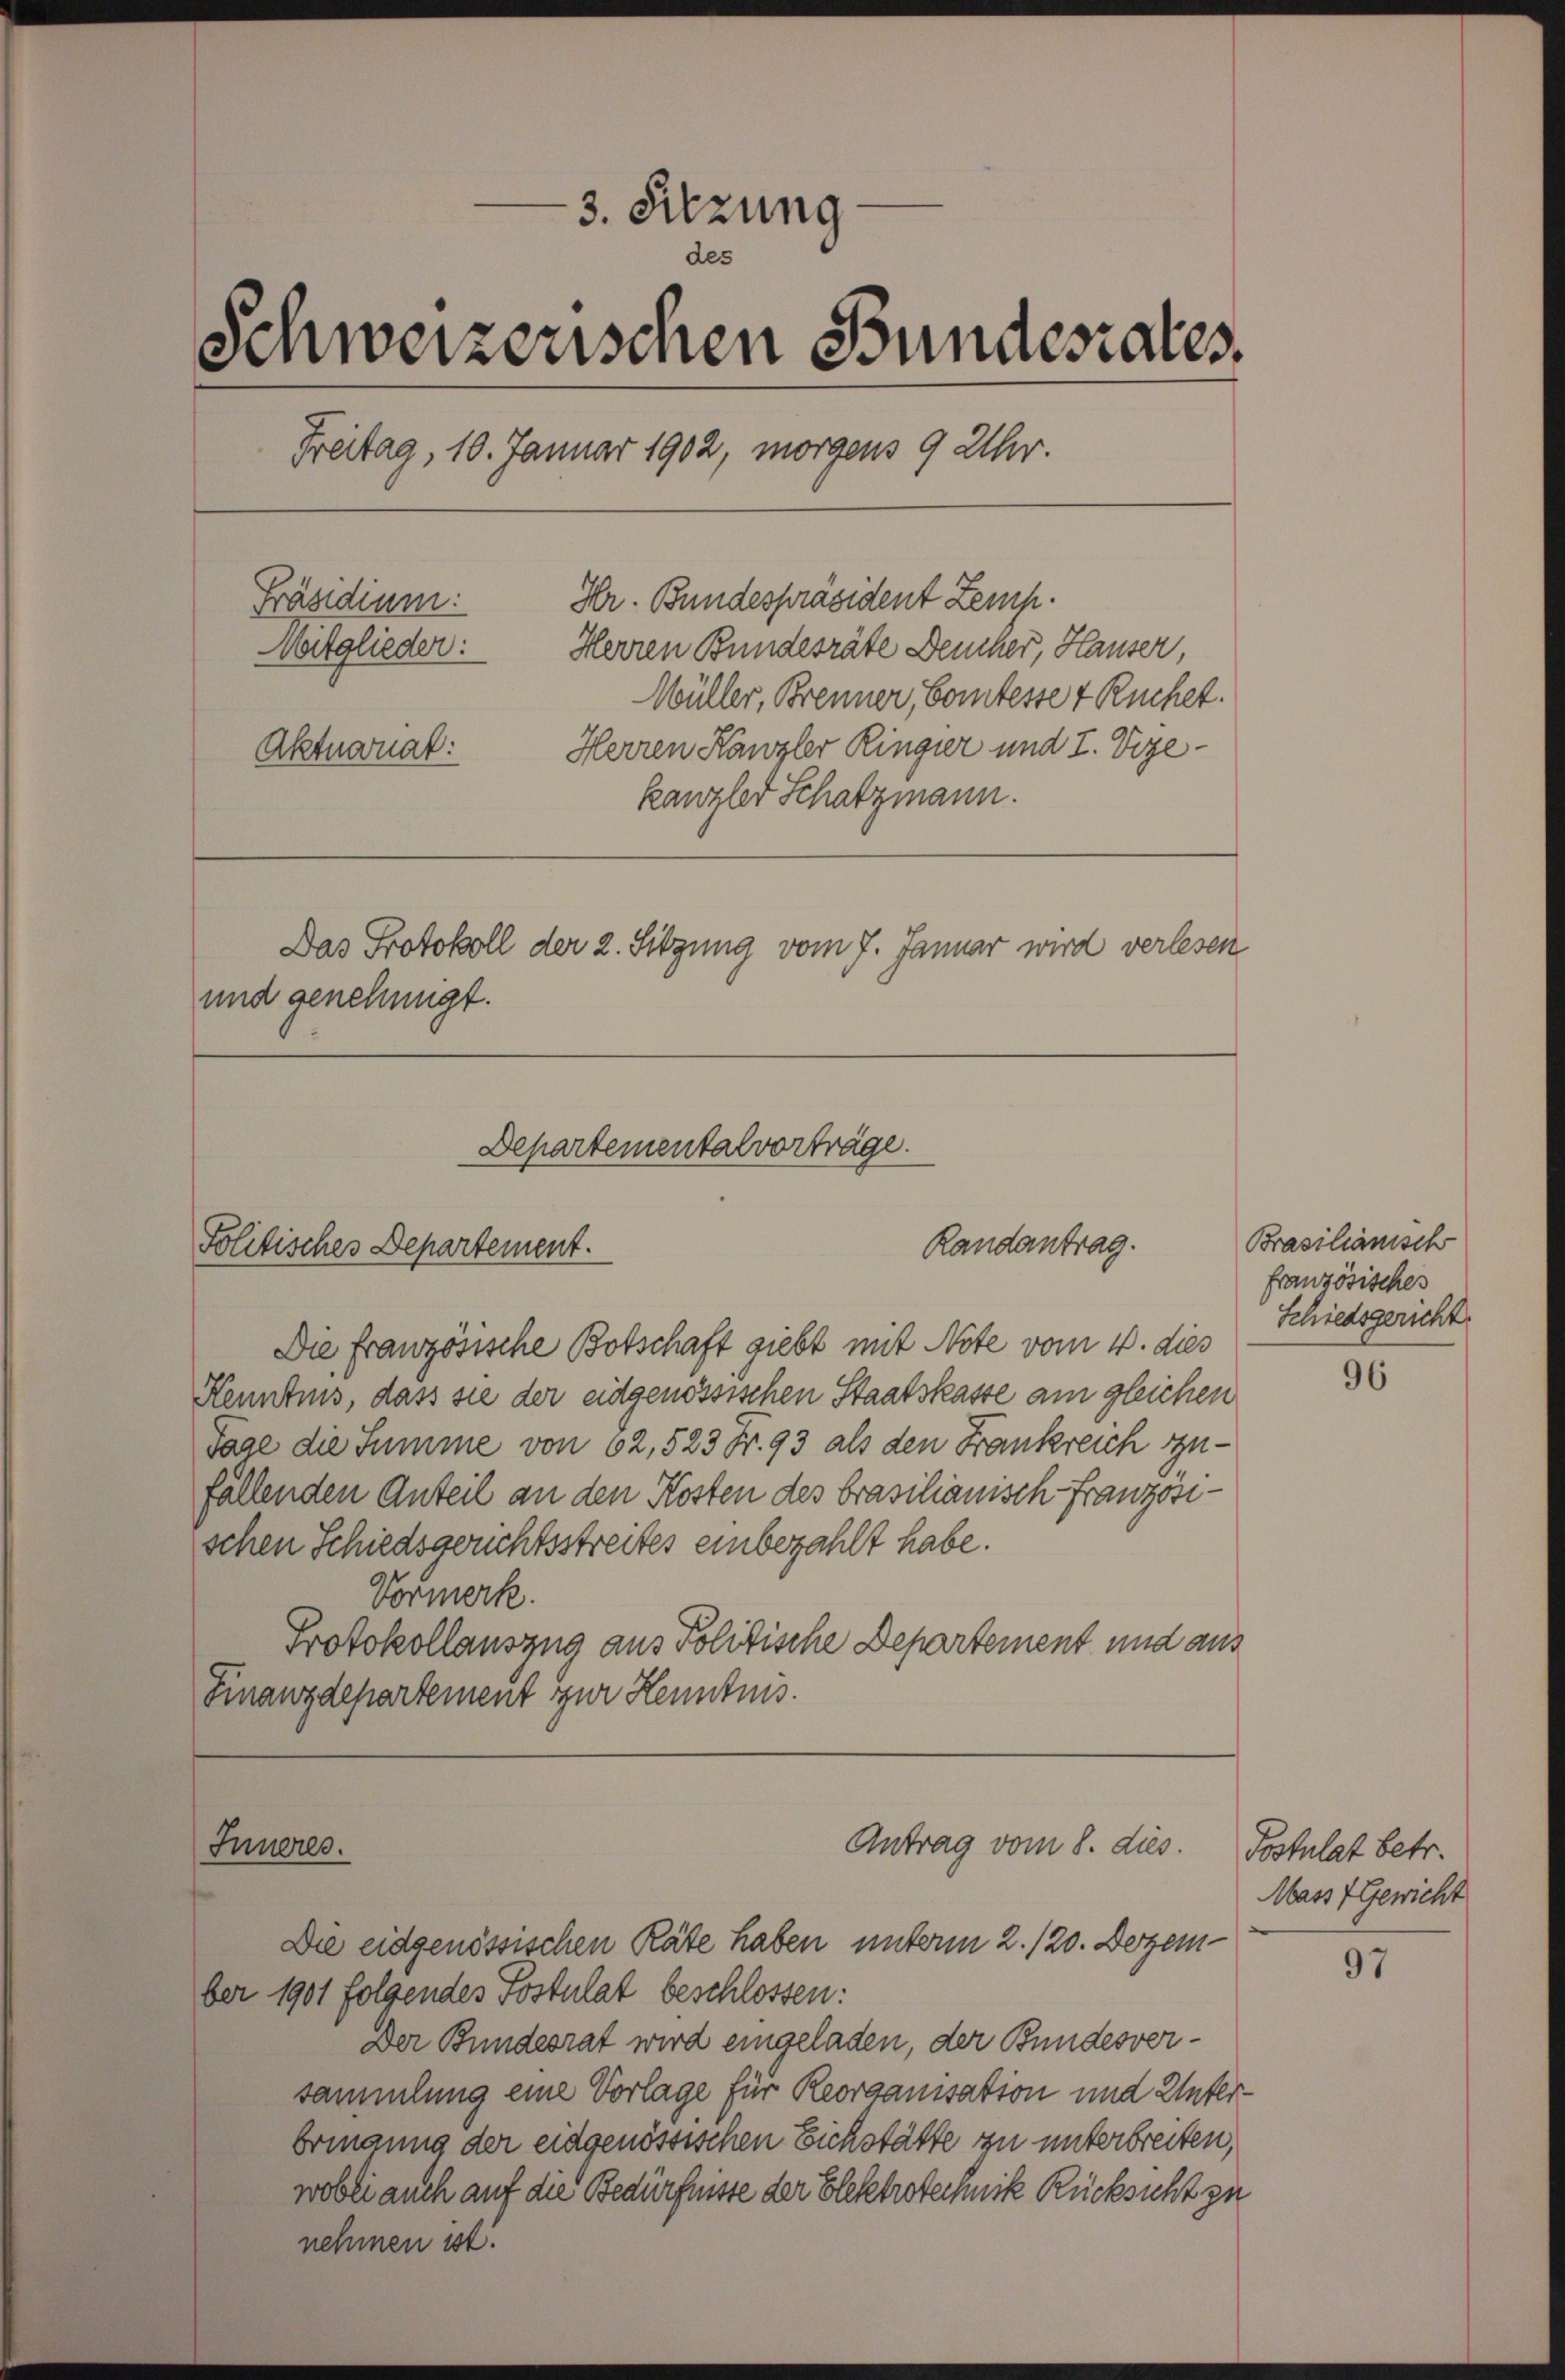
3. Sitzung
des
Schweizerischen Bundesrates.
Freitag, 10. Januar 1902, morgens 9 Uhr.
Hr. Bundespräsident Zeich.
Präsidium:
Mitglieder:
Herren Bundesräte Deucher, Hauser,
Müller, Brenner, Comtesse 4 Ruchet.
Herren Kanzler Ringier und I. Vize-
Aktnanat:
kanzler Schatzmann.
Das Protokoll der 2. Sitzung vom 7. Januar wird verlesen
und genehmigt.

Randantrag.
Politisches Departement.

Die französische Botschaft giebt mit Note vom 4. dies
Kenntnis, dass sie der eidgenössischen Staatskasse am gleichen
Tare die Summe von 82, 523 Fr. 93 als den Frankreich zufällenden Anteil an den Kosten des brasilianisch-Franzosischen Schiedsgerichtsstreites einbezahlt habe.
Vormerk.
Protokollauszug aus Politische Departement und aus
Finanzdepartement zur Kenntnis.

Inneres.

Departementalvorträge.

Antrag vom 8. dies.
Die eidgenössischen Räte haben unterm 2. 120. Dezem

ber 1901 folgendes Postulat beschlossen:
Der Bundesrat wird eingeladen, der Bundesversammlung eine Vorlage für Reorganisation und Unterbringung der eidgenössischen Eichstätte zu unterbreiten,
wobei auch auf die Bedürfnisse der Elektrotechnik Rücksicht zu
nehmen ist.

Brasilianisch
französisches
Schiedsgericht

96

Postulat betr.
Mass Gewicht

97